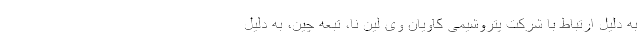
به دلیل ارتباط با شرکت پتروشیمی کاویان وی لین نا، تبعه چین، به دلیل